Civil Veterinary Dept. Assam report 1911-1927 - 1911-1927
Year: 1911
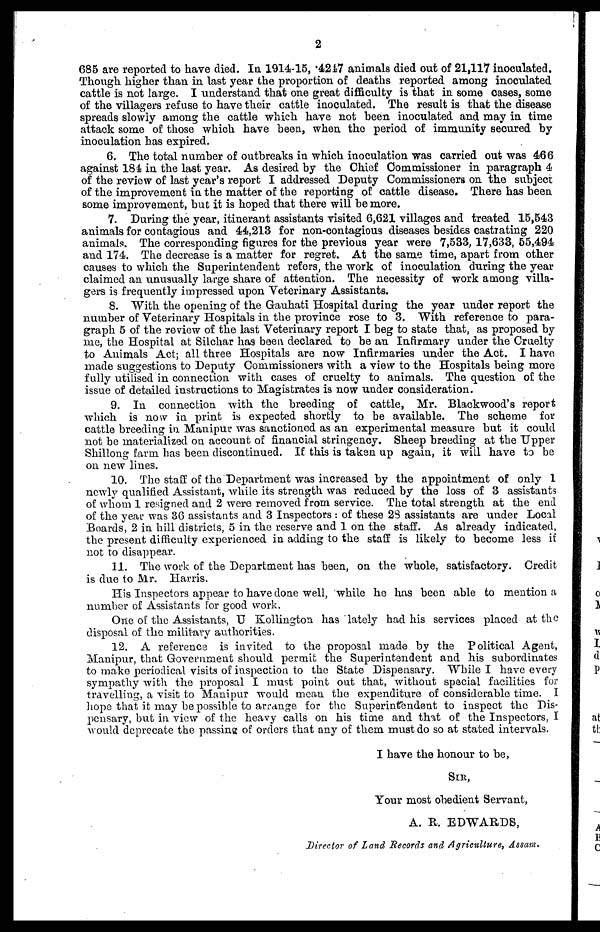
2
685 are reported to have died. In 1914-15, 4217 animals died out of 21,117 inoculated.
Though higher than in last year the proportion of deaths reported among inoculated
cattle is not large. I understand that one great difficulty is that in some cases, some
of the villagers refuse to have their cattle inoculated. The result is that the disease
spreads slowly among the cattle which have not been inoculated and may in time
attack some of those which have been, when the period of immunity secured by
inoculation has expired.
6. The total number of outbreaks in which inoculation was carried out was 466
against 184 in the last year. As desired by the Chief Commissioner in paragraph 4
of the review of last year's report I addressed Deputy Commissioners on the subject
of the improvement in the matter of the reporting of cattle disease. There has been
some improvement, but it is hoped that there will be more.
7. During the year, itinerant assistants visited 6,621 villages and treated 15,543
animals for contagious and 44,213 for non-contagious diseases besides castrating 220
animals. The corresponding figures for the previous year were 7,533, 17,633, 55,494
and 174. The decrease is a matter for regret. At the same time, apart from other
causes to which the Superintendent refers, the work of inoculation during the year
claimed an unusually large share of attention. The necessity of work among villa-
gers is frequently impressed upon Veterinary Assistants.
8. With the opening of the Gauhati Hospital during the year under report the
number of Veterinary Hospitals in the province rose to 3. With reference to para-
graph 5 of the review of the last Veterinary report I beg to state that, as proposed by
me, the Hospital at Silchar has been declared to be an Infirmary under the Cruelty
to Animals Act; all three Hospitals are now Infirmaries under the Act. I have
made suggestions to Deputy Commissioners with a view to the Hospitals being more
fully utilised in connection with cases of cruelty to animals. The question of the
issue of detailed instructions to Magistrates is now under consideration.
9. In connection with the breeding of cattle, Mr. Blackwood's report;
which is now in print is expected shortly to be available. The scheme for
cattle breeding in Manipur was sanctioned as an experimental measure but it could
not be materialized on account of financial stringency. Sheep breeding at the Upper
Shillong farm has been discontinued. If this is taken up again, it will have to be
on new lines.
10. The staff of the Department was increased by the appointment of only 1
newly qualified Assistant, while its strength was reduced by the loss of 3 assistants
of whom 1 resigned and 2 were removed from service. The total strength at the end
of the year was 36 assistants and 3 Inspectors : of these 28 assistants are under Local
Boards, 2 in hill districts, 5 in the reserve and 1 on the staff. As already indicated,
the present difficulty experienced in adding to the staff is likely to become less if
not to disappear.
11. The work of the Department has been, on the whole, satisfactory. Credit
is due to Mr. Harris.
His Inspectors appear to have done well, while he has been able to mention a
number of Assistants for good work.
One of the Assistants, U Kollington has lately had his services placed at the
disposal of the military authorities.
12. A reference is invited to the proposal made by the Political Agent,
Manipur, that Government should permit the Superintendent and his subordinates
to make periodical visits of inspection to the State Dispensary. While I have every
sympathy with the proposal I must point out that, without special facilities for
travelling, a visit to Manipur would mean the expenditure of considerable time. I
hope that it may be possible to arrange for the Superintendent to inspect the Dis-
pensary, but in view of the heavy calls on his time and that of the Inspectors, I
would deprecate the passing of orders that any of them must do so at stated intervals.
I have the honour to be,
SIR,
Your most obedient Servant,
A. R. EDWARDS,
Director of Land Records and Agriculture, Assam.